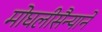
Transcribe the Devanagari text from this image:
मोघलीसैन्याने